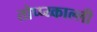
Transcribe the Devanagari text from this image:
तोप्प्य्काल्ली